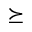
\succeq